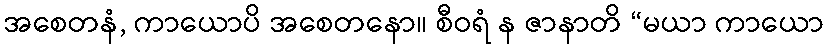
အစေတနံ, ကာယောပိ အစေတနော။ စီဝရံ န ဇာနာတိ “မယာ ကာယော